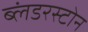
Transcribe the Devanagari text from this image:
ब्लंडरस्टोन